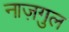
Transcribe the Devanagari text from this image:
नाज़गुल